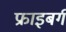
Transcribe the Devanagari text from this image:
फ्राइबर्ग